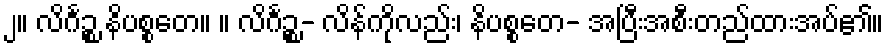
၂။ လိင်္ဂဉ္စ နိပစ္စတေ။ ။ လိင်္ဂဉ္စ- လိန်ကိုလည်း၊ နိပစ္စတေ- အပြီးအစီးတည်ထားအပ်၏။